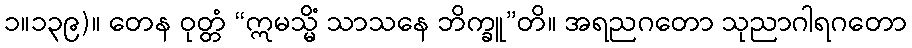
၁။၁၃၉)။ တေန ဝုတ္တံ “ဣမသ္မိံ သာသနေ ဘိက္ခူ”တိ။ အရညဂတော သုညာဂါရဂတော